画像に写った文字を読んでください
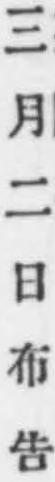
「三月二日布吿」と書いてあります